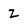
Character: Z